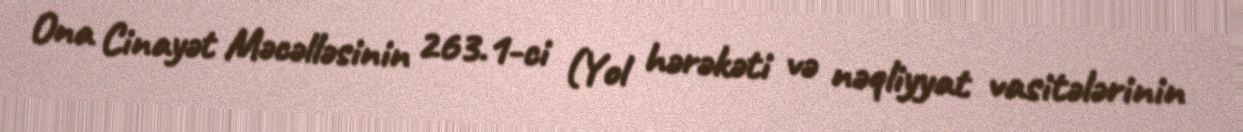
Ona Cinayət Məcəlləsinin 263.1-ci (Yol hərəkəti və nəqliyyat vasitələrinin